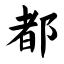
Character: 都